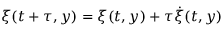
\xi ( t + \tau , y ) = \xi ( t , y ) + \tau \dot { \xi } ( t , y )